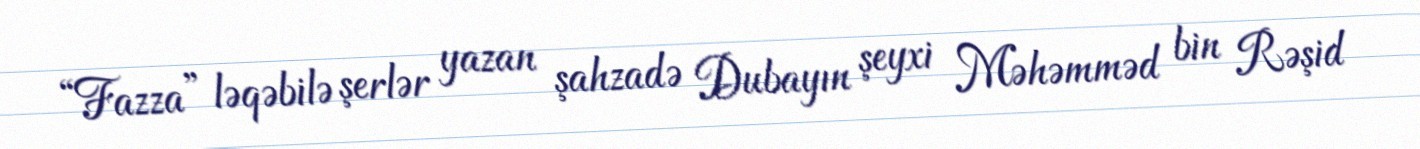
“Fazza” ləqəbilə şerlər yazan şahzadə Dubayın şeyxi Məhəmməd bin Rəşid